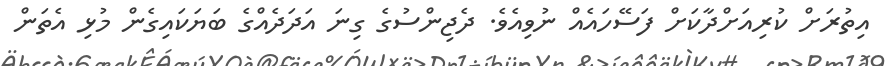
އިތުރަށް ކުރިއަށްދާކަށް ފަސޭހައެއް ނުވިއެވެ. ދެޖިންސުގެ ގިނަ އަދަދެއްގެ ބަޔަކައިގެން މުޅި އެތަން